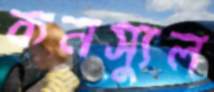
কনস্যুল